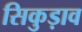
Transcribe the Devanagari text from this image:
सिकुड़ाव